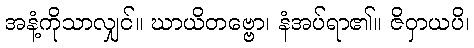
အနံ့ကိုသာလျှင်။ ဃာယိတဗ္ဗော၊ နံအပ်ရာ၏။ ဇိဝှာယပိ၊